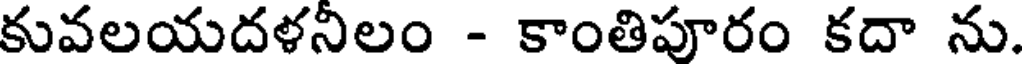
కువలయదళనిలం - కాంతిపూరం కదా ను.